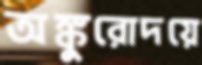
অঙ্কুরোদয়ে